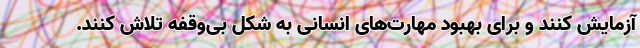
آزمایش کنند و برای بهبود مهارت‌های انسانی به شکل بی‌وقفه تلاش کنند.